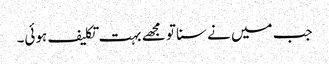
جب میں نے سنا تو مجھے بہت تکلیف ہوئی۔